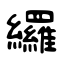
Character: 纙